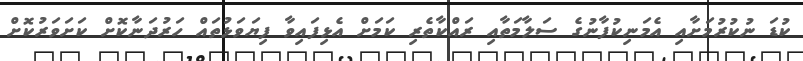
ކުޑަ ނުކުރުމަށާއި އެމަނިކުފާނުގެ ސަލާމަތާއި ރައްކާތެރި ކަމަށް އެޅިފައިވާ ފިޔަވަޅުތައް ހަރުދަނާކޮށް ކަށަވަރުކޮށް